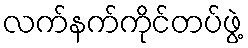
လက်နက်ကိုင်တပ်ဖွဲ့